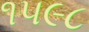
૧૫૯૮